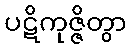
ပဋိကုဇ္ဇိတွာ